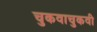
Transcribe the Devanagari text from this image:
चुकवाचुकवी